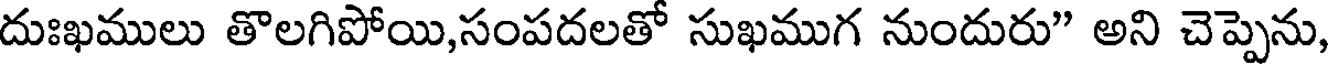
దుఃఖములు తొలగిపోయి,సంపదలతో సుఖముగ నుందురు" అని చెప్పెను,